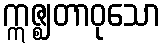
ဣဇ္ဈတာဝုသော